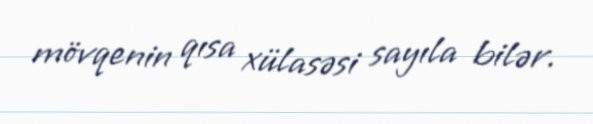
mövqenin qısa xülasəsi sayıla bilər.